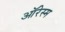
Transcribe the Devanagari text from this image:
ऑरेस्म